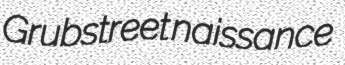
Grubstreet naissance